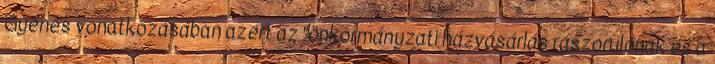
Gyenes vonatkozásában azért az "önkormányzati házvásárlás rászorulónak és a